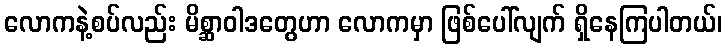
လောကနဲ့စပ်လည်း မိစ္ဆာဝါဒတွေဟာ လောကမှာ ဖြစ်ပေါ်လျက် ရှိနေကြပါတယ်၊